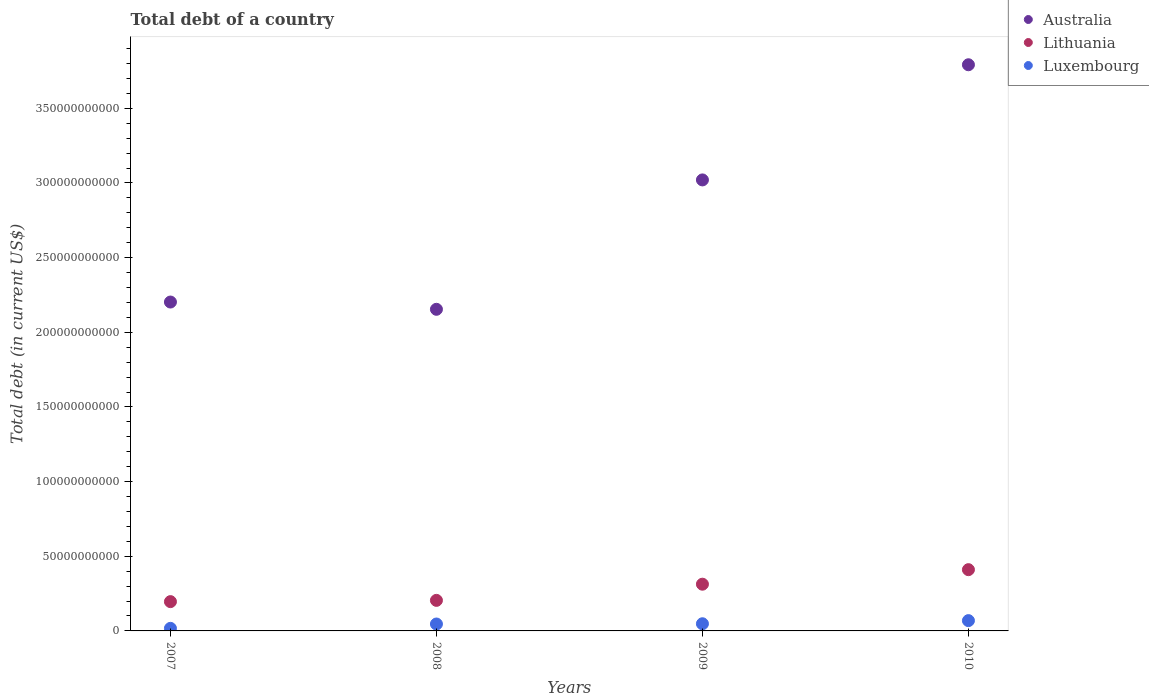
| Years | Australia | Lithuania | Luxembourg |
 | --- | --- | --- | --- |
 | 2007 | 2.2e+11 | 1.96e+10 | 1.72e+09 |
 | 2008 | 2.15e+11 | 2.05e+10 | 4.63e+09 |
 | 2009 | 3.02e+11 | 3.13e+10 | 4.8e+09 |
 | 2010 | 3.79e+11 | 4.1e+10 | 6.89e+09 |